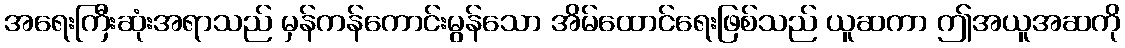
အရေးကြီးဆုံးအရာသည် မှန်ကန်ကောင်းမွန်သော အိမ်ထောင်ရေးဖြစ်သည် ယူဆကာ ဤအယူအဆကို